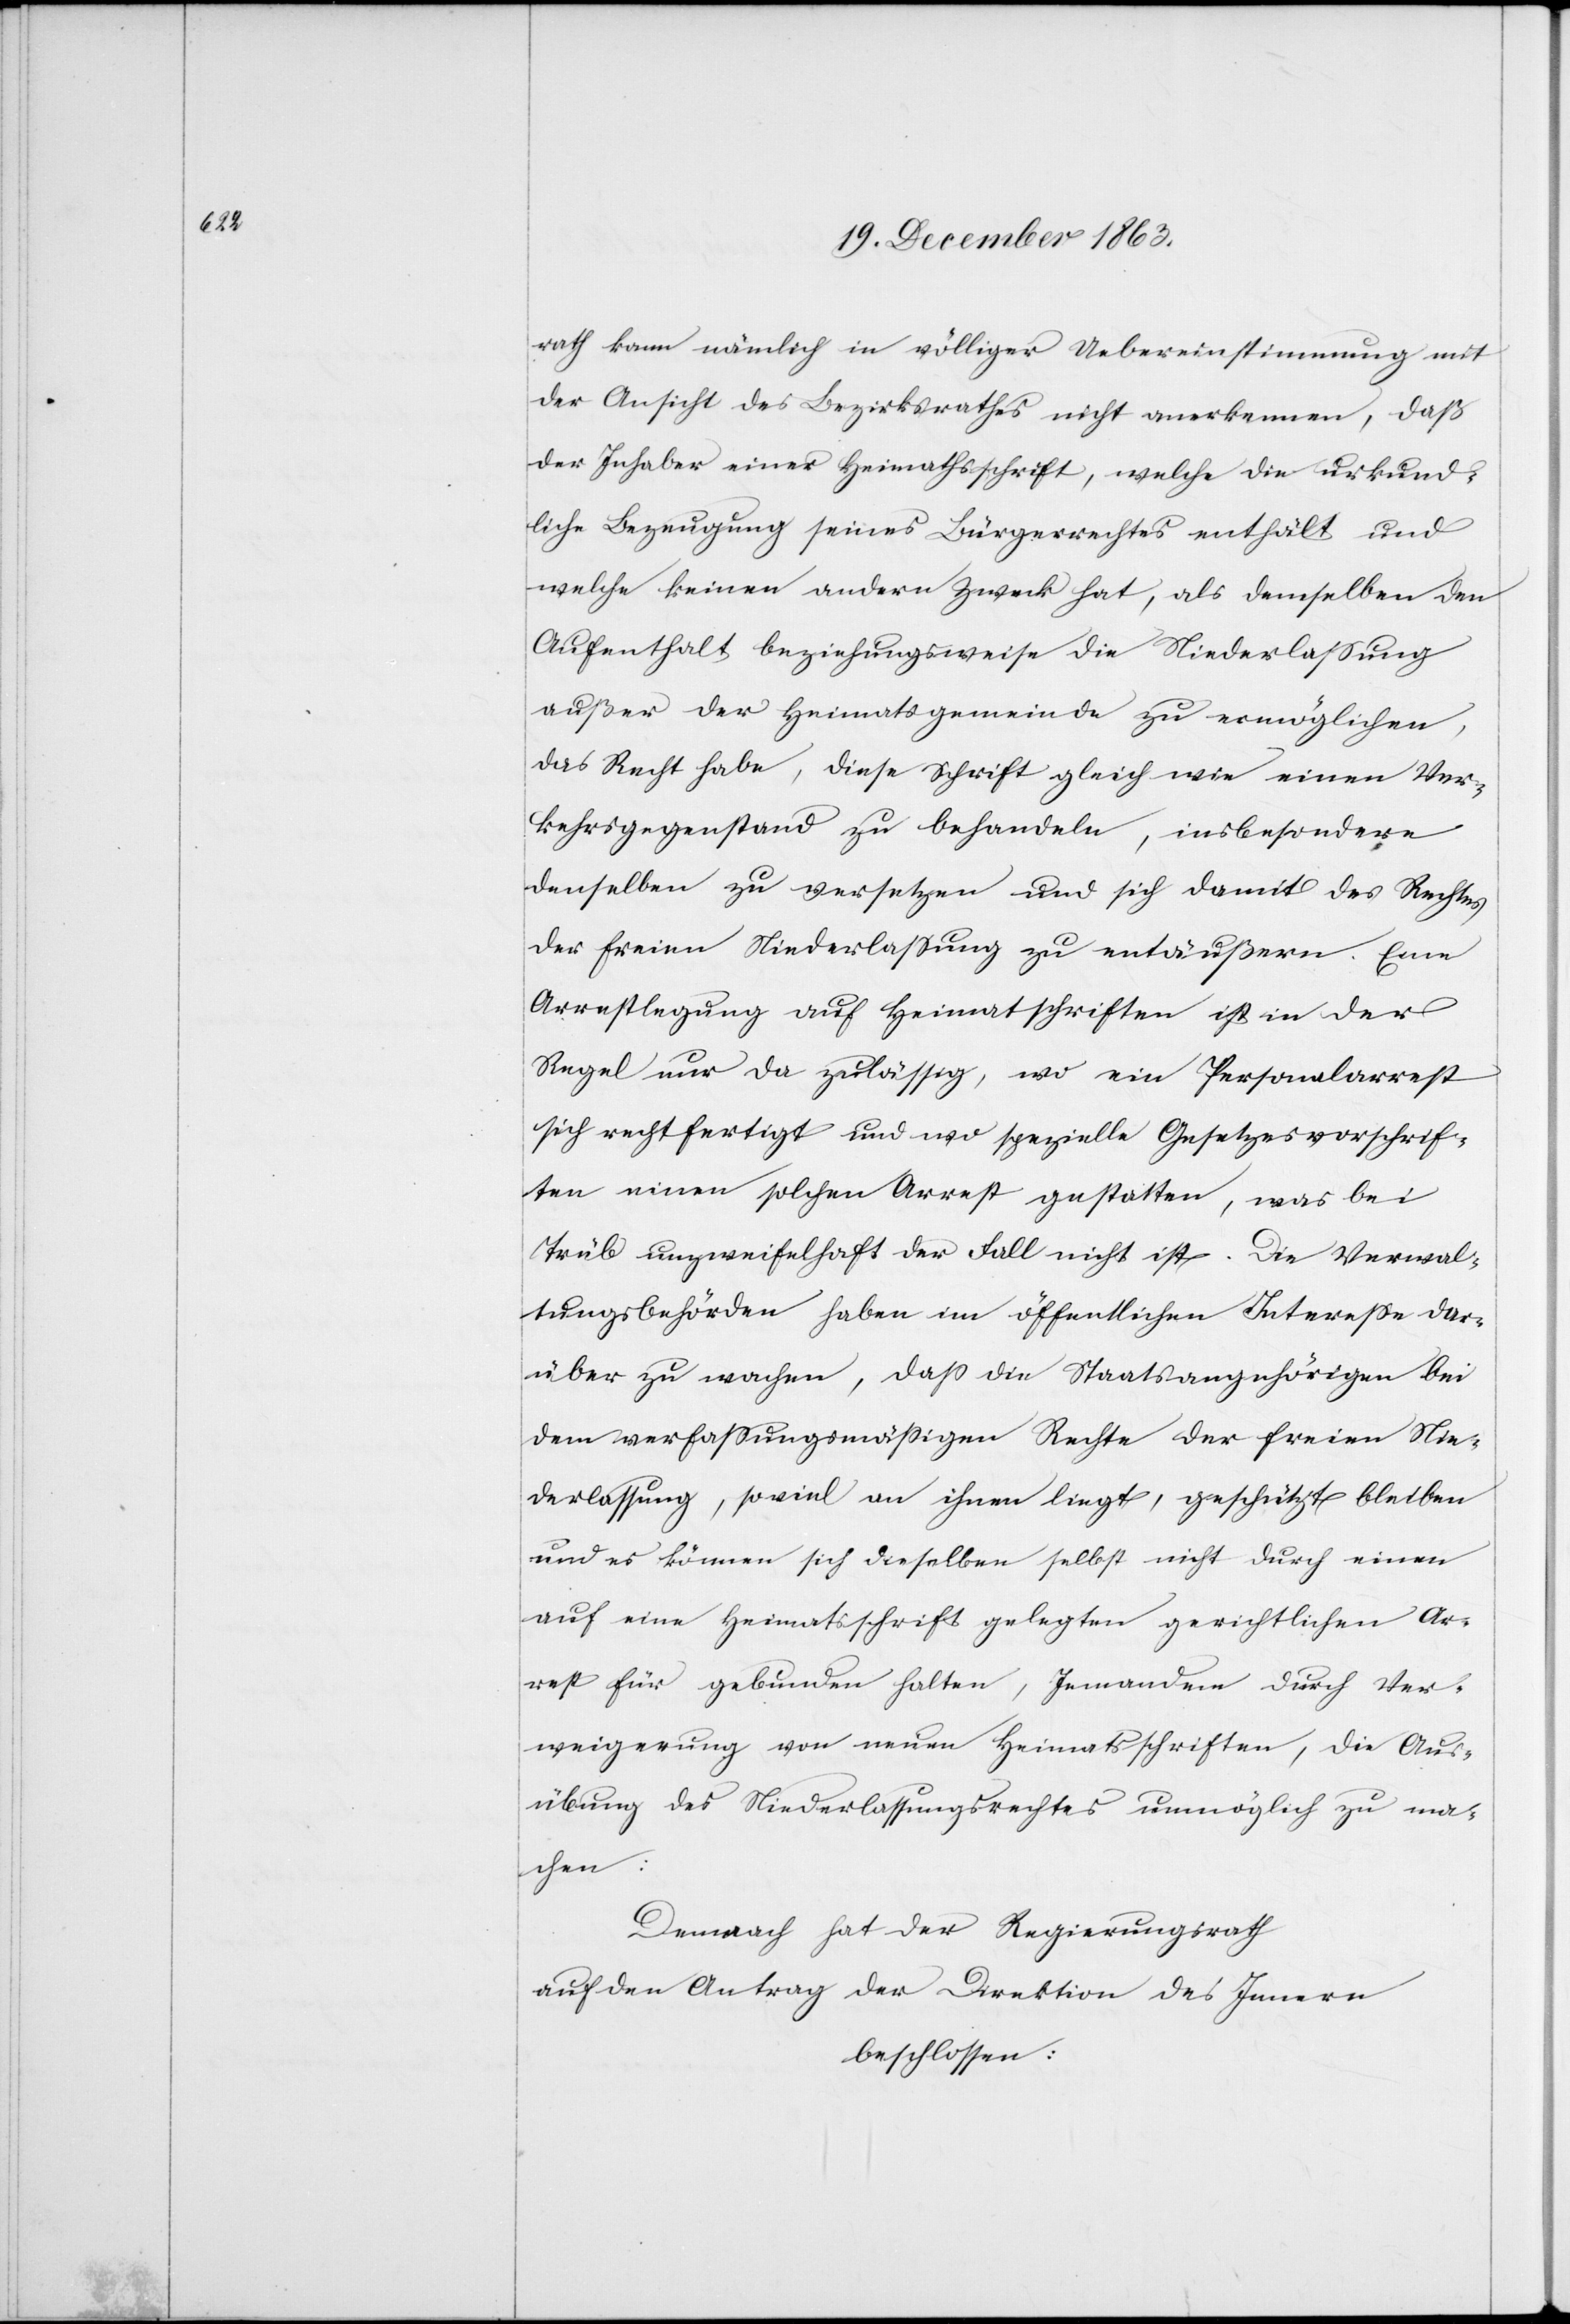
rath kann nämlich in völliger Uebereinstimmung mit
der Ansicht des Bezirksrathes nicht anerkennen, das
der Inhaber einer Heimathschrift, welche die urkund¬
liche Bezeugung seines Bürgerrechtes enthält und
welche keinen andern Zweck hat, als demselben den
Aufenthalt beziehungsweise die Niederlassung
außer der Heimatsgemeinde zu ermöglichen,
das Recht habe, diese Schrift gleich wie einen Ver¬
kehrsgegenstand zu behandeln, insbesondere
denselben zu versetzen und sich damit des Rechtes
der freien Niederlassung zu entäußern. Eine
Arrestlegung auf Heimatschriften ist in der
Regel nur da zulässig, wo ein Personalarrest
sich rechtfertigt und wo spezielle Gesetzesvorschrif¬
ten einen solchen Arrest gestatten, was bei
Trüb unzweifelhaft der Fall nicht ist. Die Verwal¬
tungsbehörden haben im öffentlichen Interesse dar¬
über zu wachen, dass die Staatsangehörigen bei
dem verfassungsmässigen Rechte der freien Nie¬
derlassung, soviel an ihnen liegt, geschützt bleiben
und es können sich dieselben selbst nicht durch einen
auf eine Heimatsschrift gelegten gerichtlichen Ar¬
rest für gebunden halten, Jemandem durch Ver¬
weigerung von neuen Heimatsschriften, die Aus¬
übung des Niederlassungsrechtes unmöglich zu ma¬
chen:
Demnach hat der Regierungsrath
auf den Antrag der Direktion des Innern
beschlossen: